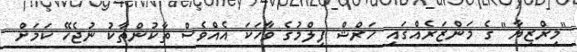
"މިރްޒިޔާ" ގެ މަންޒަރެއްގައި ހަރްޝް ފިލްމުގެ ވާހަކަ އެއްވެސް ތާކުންތާކު ނުޖެހޭ ކަމަށް